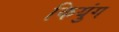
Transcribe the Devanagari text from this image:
कियुंग